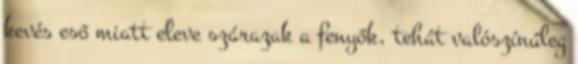
kevés eső miatt eleve szárazak a fenyők, tehát valószínűleg